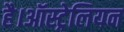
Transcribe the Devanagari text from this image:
है।ऑस्ट्रेलियन